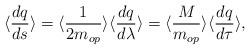
LaTeX: \begin{align*}\langle \frac{dq}{ds}\rangle =\langle \frac{1}{2m_{op}}\rangle \langle\frac{dq}{d\lambda}\rangle = \langle\frac{M}{m_{op}}\rangle\langle\frac{dq}{d\tau}\rangle,\end{align*}